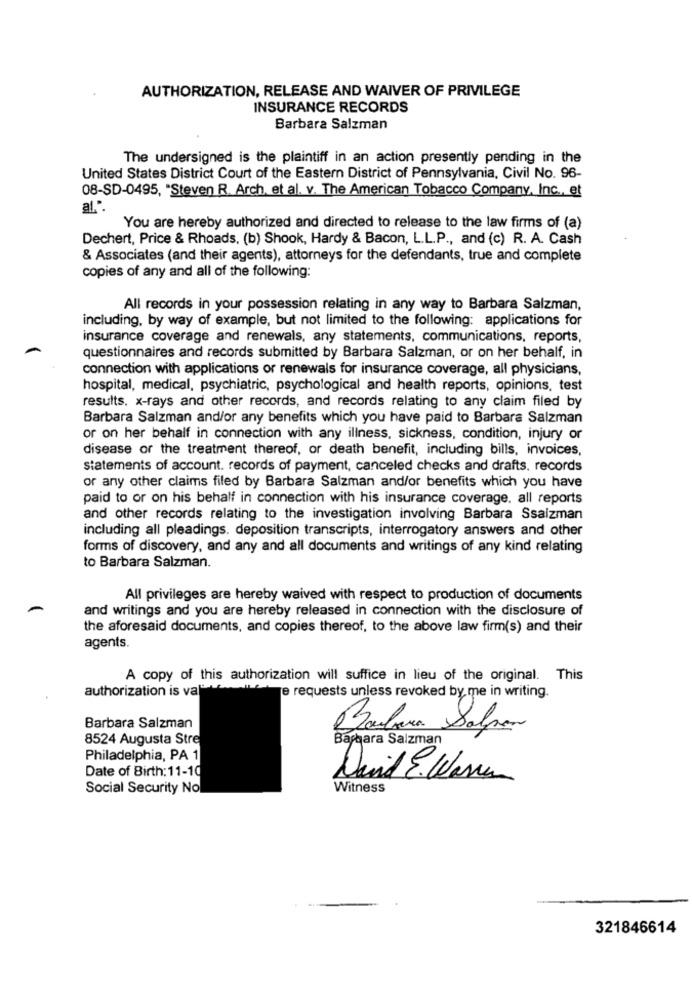
AUTHORIZATION, RELEASE AND WAIVER OF PRIVILEGE
INSURANCE RECORDS
Barbara Salzman
The undersigned is the plaintiff in an action presently pending in the
United States District Court of the Eastern District of Pennsylvania, Civil No. 96-
08-SD-0495, "Steven R. Arch, et al. v. The American Tobacco Company, Inc ., et
You are hereby authorized and directed to release to the law firms of (a)
Dechert, Price & Rhoads, (b) Shook, Hardy & Bacon, L.L.P ., and (c) R. A. Cash
& Associates (and their agents), attorneys for the defendants, true and complete
copies of any and all of the following:
All records in your possession relating in any way to Barbara Salzman,
including, by way of example, but not limited to the following: applications for
insurance coverage and renewals, any statements, communications, reports,
questionnaires and records submitted by Barbara Salzman, or on her behalf, in
connection with applications or renewals for insurance coverage, all physicians,
hospital, medical, psychiatric, psychological and health reports, opinions, test
results. x-rays and other records, and records relating to any claim filed by
Barbara Salzman and/or any benefits which you have paid to Barbara Salzman
or on her behalf in connection with any illness, sickness, condition, injury or
disease or the treatment thereof, or death benefit, including bills, invoices,
statements of account. records of payment, canceled checks and drafts, records
or any other claims filed by Barbara Salzman and/or benefits which you have
paid to or on his behalf in connection with his insurance coverage. all reports
and other records relating to the investigation involving Barbara Ssaizman
including all pleadings. deposition transcripts, interrogatory answers and other
forms of discovery, and any and all documents and writings of any kind relating
to Barbara Salzman.
All privileges are hereby waived with respect to production of documents
and writings and you are hereby released in connection with the disclosure of
the aforesaid documents, and copies thereof, to the above law firm(s) and their
agents.
A copy of this authorization will suffice in lieu of the original. This
authorization is va-
e requests unless revoked by me in writing.
Barbara Salzman
Barbara Salpor
8524 Augusta Stre
Barbara Salzman
Philadelphia, PA 1
Date of Birth: 11-10
David E. Waren
Social Security No
Witness
321846614